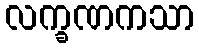
လက္ခဏကသာ